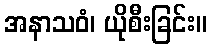
အနာသဝံ၊ ယိုစီးခြင်း။